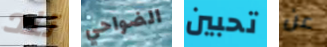
تلد الضواحي تحبين عن